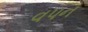
વપન